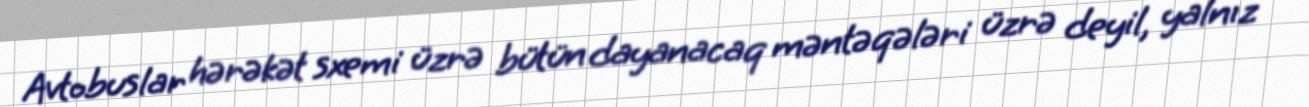
Avtobuslar hərəkət sxemi üzrə bütün dayanacaq məntəqələri üzrə deyil, yalnız